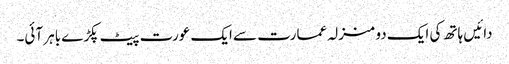
دائیں ہاتھ کی ایک دو منزلہ عمارت سے ایک عورت پیٹ پکڑے باہر آئی۔